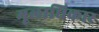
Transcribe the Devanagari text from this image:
मूलाधिकार